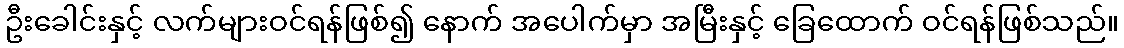
ဦးခေါင်းနှင့် လက်များဝင်ရန်ဖြစ်၍ နောက် အပေါက်မှာ အမြီးနှင့် ခြေထောက် ဝင်ရန်ဖြစ်သည်။